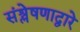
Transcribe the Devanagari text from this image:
संश्लेषणाद्वारे